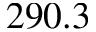
2 9 0 . 3